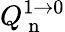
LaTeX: Q_{\mathrm{~n~}}^{1\rightarrow 0}